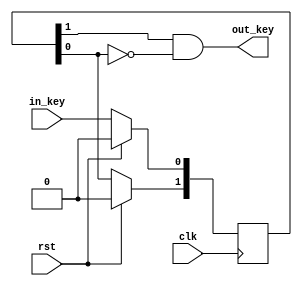
module button
(
    input   rst,
    input   clk,
    input   in_key,
    output  out_key
);

reg [1:0]   but;
assign out_key = but[1] & ~but[0];

always @(posedge clk)
    if (rst)
        but <= 2'h0;
    else
    begin
       but[0] <= in_key;
       but[1] <= but[0];
    end

endmodule